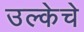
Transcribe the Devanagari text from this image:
उल्केचे